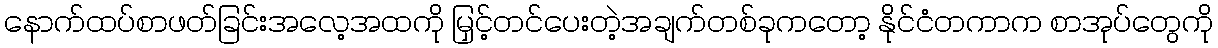
နောက်ထပ်စာဖတ်ခြင်းအလေ့အထကို မြှင့်တင်ပေးတဲ့အချက်တစ်ခုကတော့ နိုင်ငံတကာက စာအုပ်တွေကို